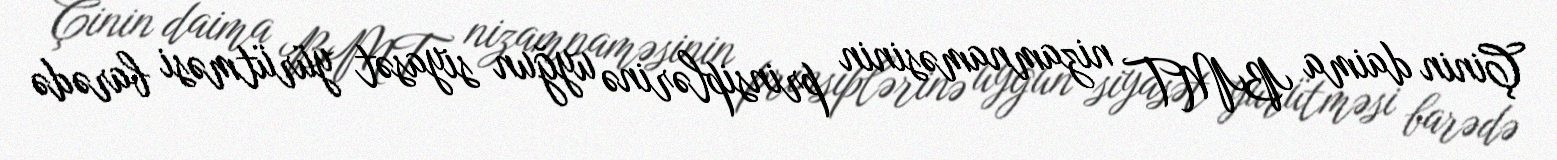
Çinin daima BMT nizamnaməsinin prinsiplərinə uyğun siyasət yürütməsi barədə